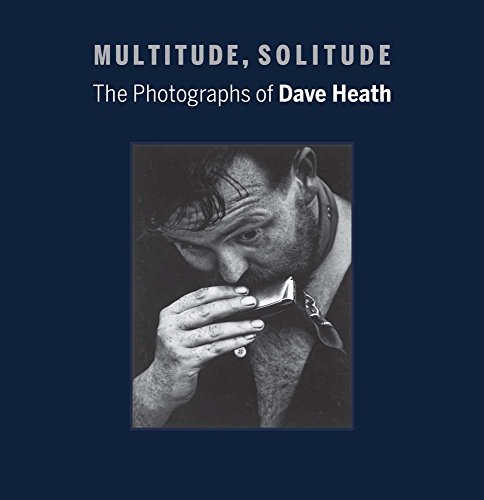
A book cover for Multitude, Solitude: The Photographs of Dave Heath; Keith F. Davis; Arts & Photography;